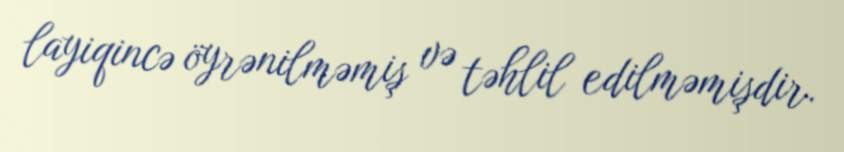
layiqincə öyrənilməmiş və təhlil edilməmişdir.